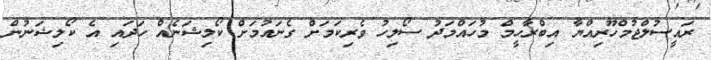
ރައީސުލްޖުމްހޫރިއްޔާ އިބްރާހީމް މުހައްމަދު ސޯލިހު ވެރިކަމަށް ގެނައުމަށް ކޯލިޝަނެއް ހަދައި އެ ކޯލިޝަނުން